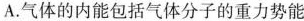
A.气体的内能包括气体分子的重力势能